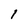
Character: l